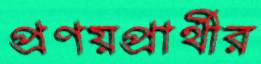
প্রণয়প্রার্থীর